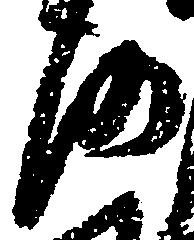
沙